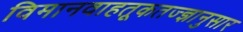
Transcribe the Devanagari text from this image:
विमानवाहतूकतज्ज्ञानुसार